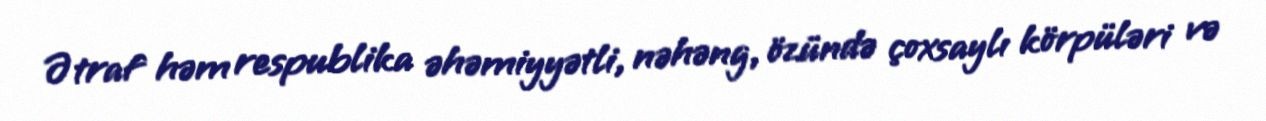
Ətraf həm respublika əhəmiyyətli, nəhəng, özündə çoxsaylı körpüləri və